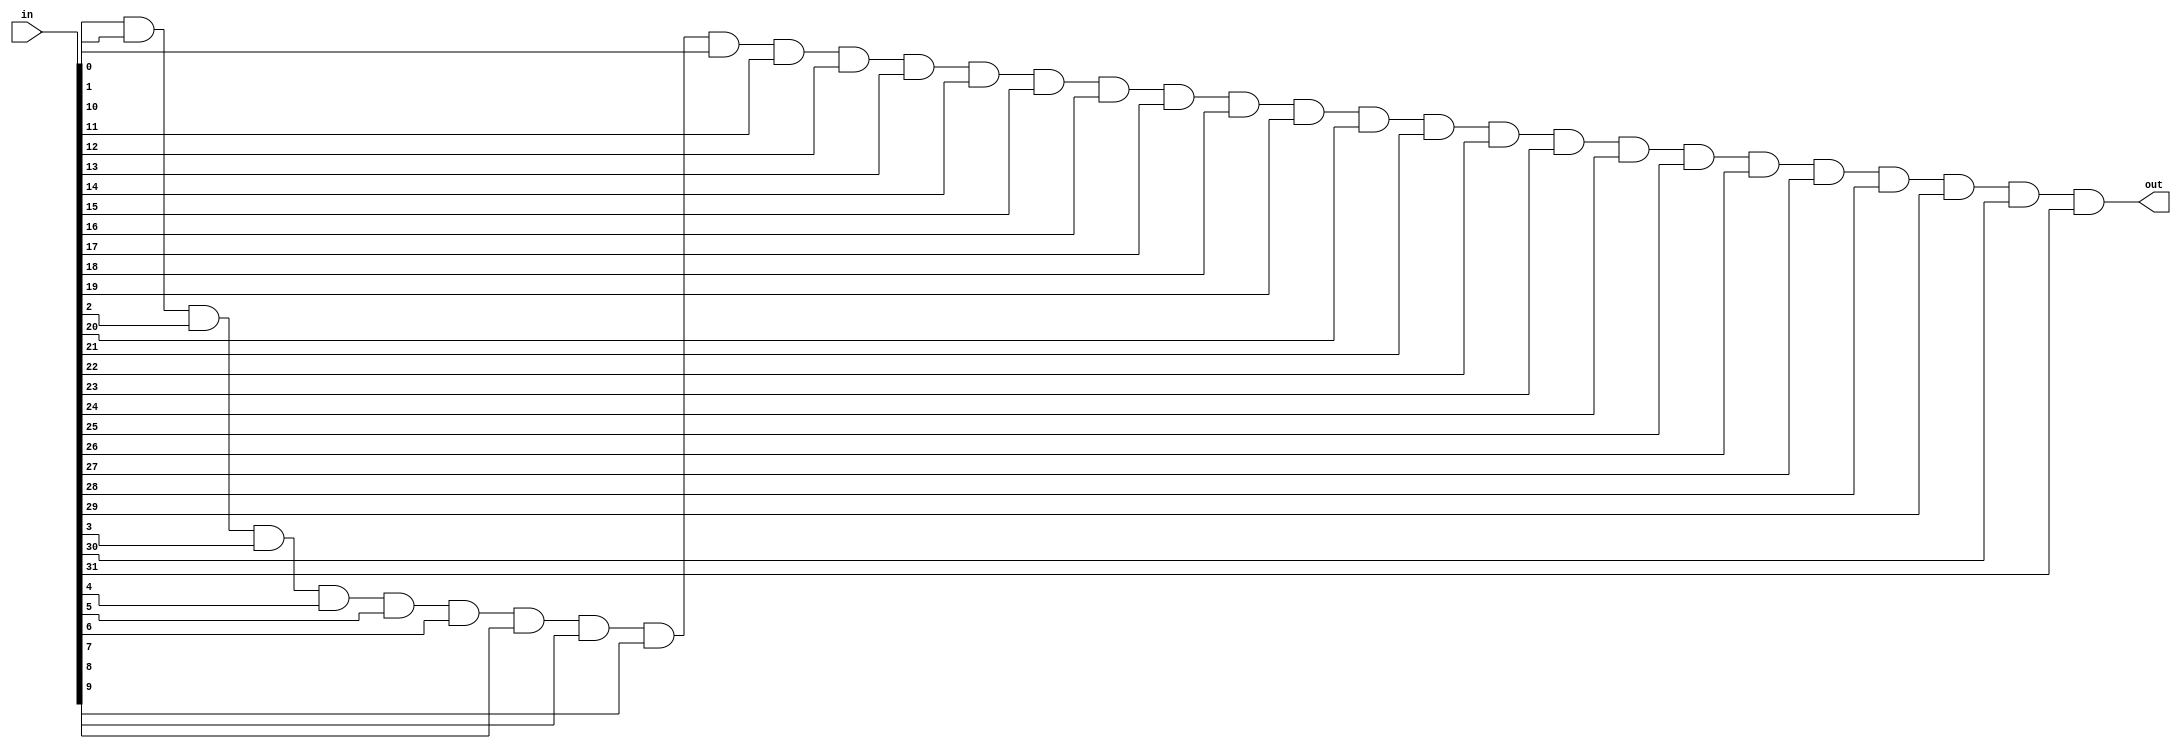
module bitwise1inAND(in,out);

input [31:0] in;
wire [31:0] out1 =in;
output out;


and and_bitwise(out, out1[0], out1[1], out1[2], out1[3], out1[4], out1[5], out1[6], out1[7], out1[8],
                out1[9], out1[10], out1[11], out1[12], out1[13], out1[14], out1[15], out1[16], out1[17],
					 out1[18], out1[19], out1[20], out1[21], out1[22], out1[23], out1[24], out1[25], out1[26], 
					 out1[27], out1[28], out1[29], out1[30], out1[31]);
	

endmodule